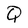
Character: Q